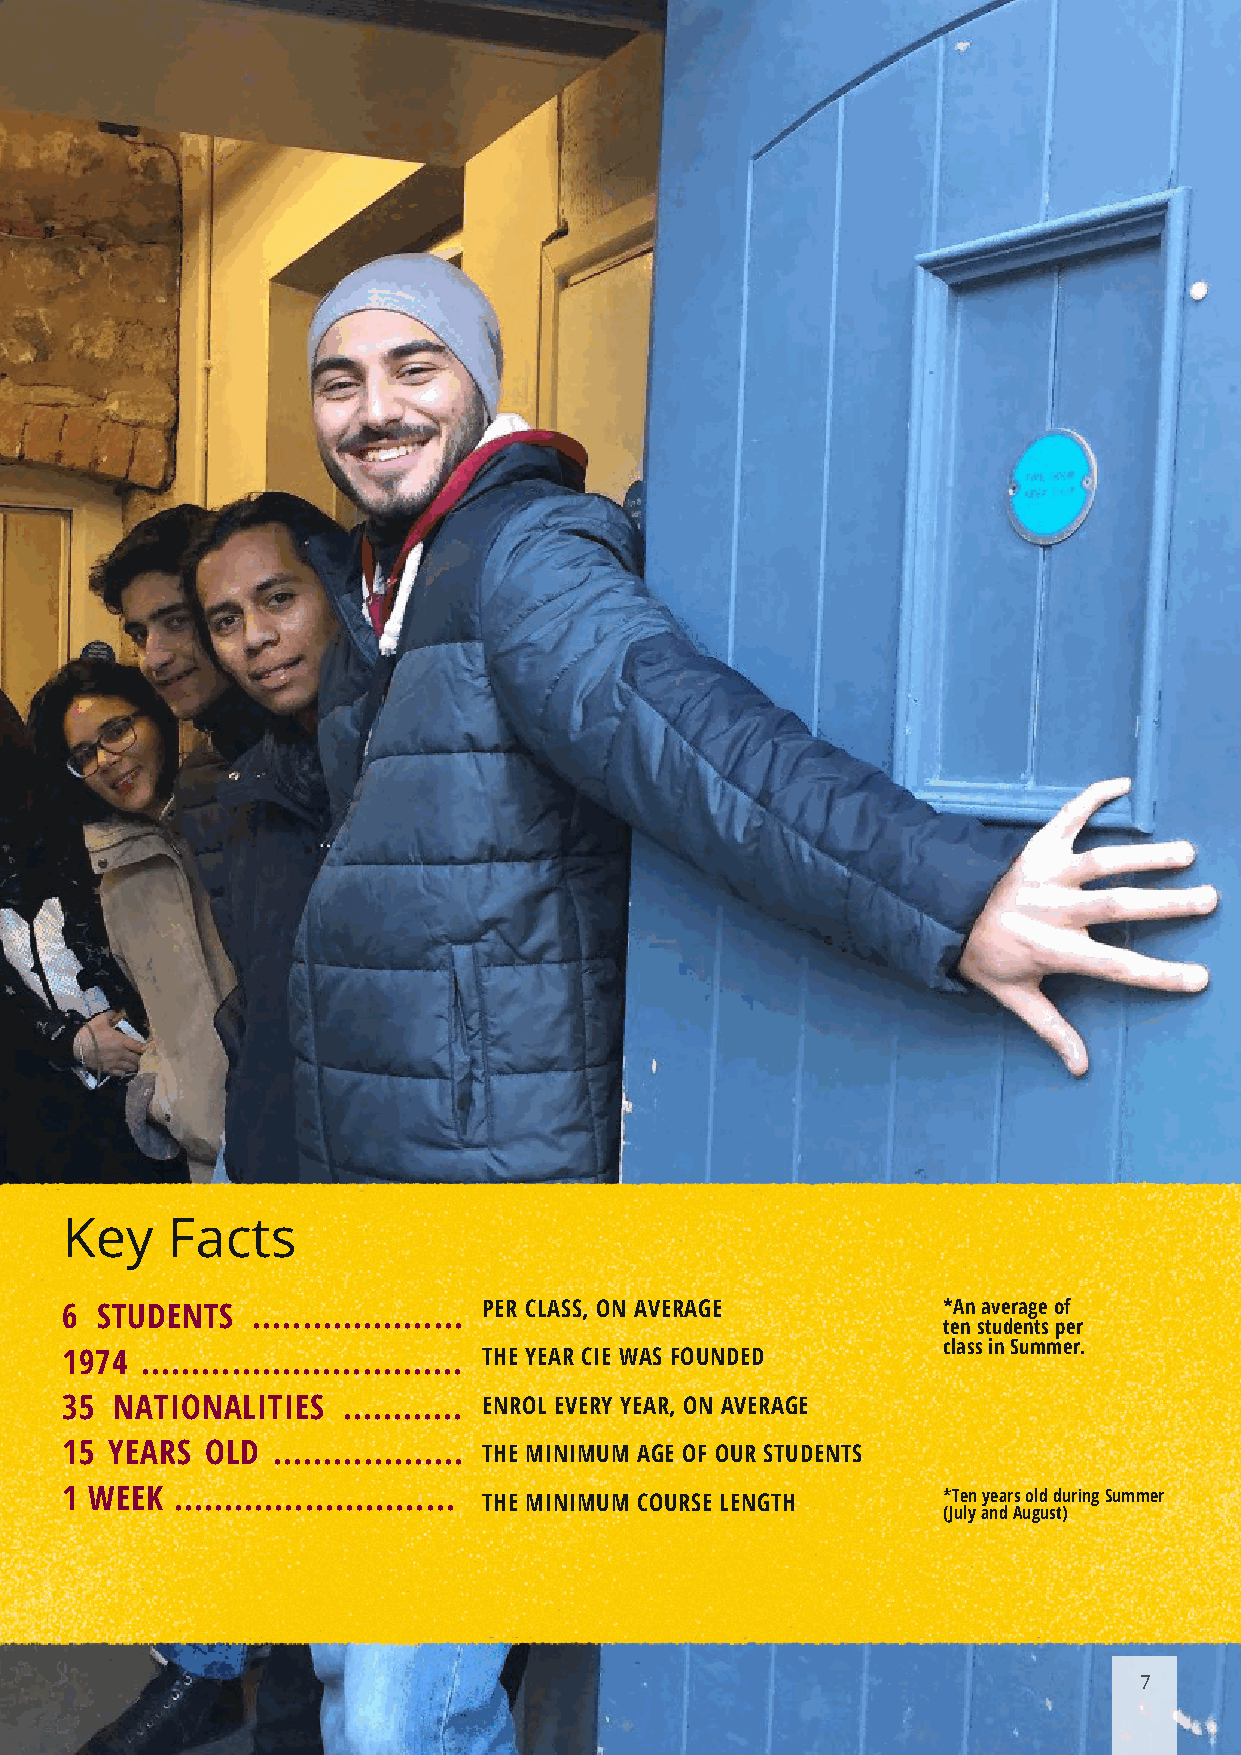
Key    Facts
 6 STUDENTS   ..................... PER CLASS, ON AVERAGE  *An average of
 ten students per
 class in Summer.
 1974 ................................ THE YEAR CIE WAS FOUNDED
 35  NATIONALITIES  ............ ENROL EVERY YEAR, ON AVERAGE
 15 YEARS  OLD ................... THE MINIMUM AGE OF OUR STUDENTS
 1 WEEK ............................ THE MINIMUM COURSE LENGTH *Ten years old during Summer
 (July and August)
 7